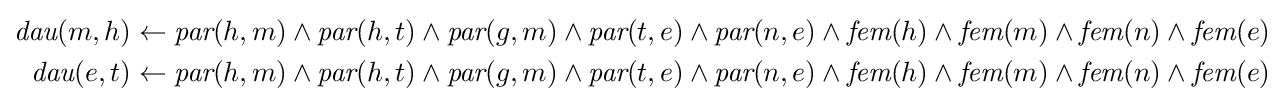
{\begin{aligned}{\textit {dau}}(m,h)\leftarrow {\textit {par}}(h,m)\land {\textit {par}}(h,t)\land {\textit {par}}(g,m)\land {\textit {par}}(t,e)\land {\textit {par}}(n,e)\land {\textit {fem}}(h)\land {\textit {fem}}(m)\land {\textit {fem}}(n)\land {\textit {fem}}(e)\\{\textit {dau}}(e,t)\leftarrow {\textit {par}}(h,m)\land {\textit {par}}(h,t)\land {\textit {par}}(g,m)\land {\textit {par}}(t,e)\land {\textit {par}}(n,e)\land {\textit {fem}}(h)\land {\textit {fem}}(m)\land {\textit {fem}}(n)\land {\textit {fem}}(e)\end{aligned}}